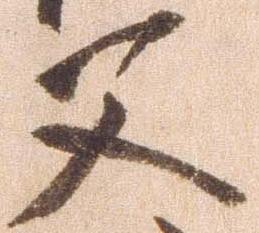
父